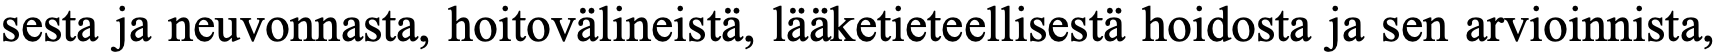
sesta ja neuvonnasta, hoitovälineistä, lääketieteellisestä hoidosta ja sen arvioinnista,